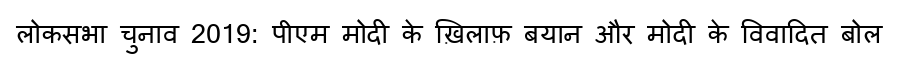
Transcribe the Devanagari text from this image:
लोकसभा चुनाव 2019: पीएम मोदी के ख़िलाफ़ बयान और मोदी के विवादित बोल